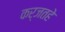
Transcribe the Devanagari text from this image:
कर्जतहे